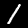
Digit: 1